Lunatic asylums Bombay report 1891-1903 - 1891-1903
Year: 1891
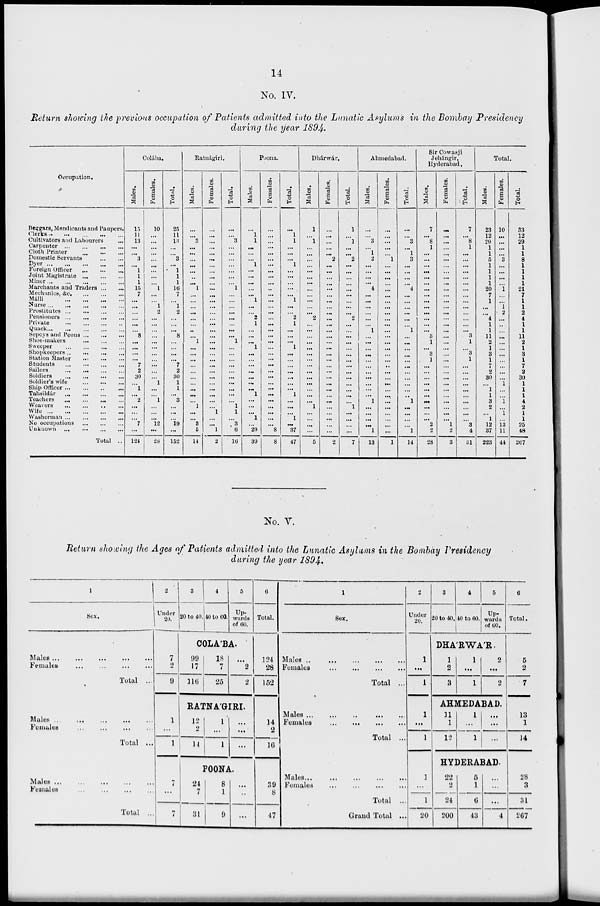
14
No. IV.
Return showing the previous occupation of Patients admitted into the Lunatic Asylums in the Bombay Presidency
during the year 1894.
Occupation.
Beggars, Mendicants and Paupers.
Clerks
...
...
...
...
...
Cultivators and Labourers ...
Carpenter
...
...
...
...
Cloth Printer
...
...
...
Domestic Servants
...
...
Dyer
...
...
...
...
...
Foreign Officer
...
...
...
Joint Magistrate
...
...
...
Miner
...
...
...
...
...
Marchants and Traders ... ...
Mechanics, &c. ... ... ...
Málli
...
...
...
...
Nurse
...
...
...
...
...
Prostitutes
...
...
...
...
Pensioners ... ... ... ... ...
Private
...
...
...
...
Quack
...
...
...
...
...
Sepoys and Peons ... ... ...
Shoe-makers
...
...
...
Sweeper
...
...
...
...
Shopkeepers ... ... ... ...
Station Master
... ... ...
Students
...
...
...
...
Sailors
...
...
...
...
Soldiers
...
...
...
...
Soldier's wife
...
...
...
Ship Officer
...
...
...
...
Tahsildár
...
...
...
...
Teachers
...
...
...
...
Weavers
...
...
...
...
Wife
...
...
...
...
...
Washerman
...
...
...
...
No occupations
...
...
...
Unknown
...
...
...
...
Total ...
Colába.
Males.
15
11
13
...
...
3
...
1
1
1
15
7
...
...
...
...
...
...
8
...
...
...
...
7
2
30
...
1
...
2
...
...
...
7
...
124
Females.
10
...
...
...
...
...
...
...
...
... 1
...
...
1
2
...
...
...
...
...
...
...
...
...
...
...
1
...
...
1
...
...
...
12
...
28
Total.
25
11
13
...
...
3
...
1
1
1
16
7
...
1
2
...
...
...
8
...
...
...
...
7
2
30
1
1
...
3
...
...
...
19
...
152
Ratnágiri.
Males.
...
...
3
...
...
...
...
...
..
... 1
...
...
...
...
...
...
...
...
1
...
...
...
...
...
...
...
...
...
...
1
...
...
3
5
14
Females.
...
...
...
...
...
...
...
...
...
...
...
...
...
...
...
...
...
...
...
...
...
...
...
...
...
...
...
...
...
...
...
1
...
...
1
2
Total.
...
...
3
...
...
...
...
...
...
...
1
...
...
...
...
...
...
...
...
1
...
...
...
...
...
...
...
...
...
...
1
1
...
3
6
16
Poona.
Males.
...
1
1
...
...
...
1
...
...
...
...
...
1
...
...
2
1
...
...
...
1
...
...
...
...
...
...
...
1
...
...
...
1
...
29
39
Females.
...
...
...
...
...
...
...
...
...
...
...
...
...
...
...
...
...
...
...
...
...
...
...
...
...
...
...
...
...
...
...
...
...
...
8
8
Total.
...
1
1
...
...
...
1
...
...
...
...
...
1
...
...
2
1
...
...
...
1
...
...
...
...
...
...
...
1
...
...
...
1
...
37
47
Dhárwár.
Males.
1
... 1
...
...
...
...
...
...
...
...
...
...
...
...
2
...
...
...
...
...
...
...
...
...
...
...
...
...
...
1
...
...
...
...
5
Females.
...
...
...
...
... 2
...
...
...
...
...
...
...
...
...
...
...
...
...
...
...
...
...
...
...
...
...
...
...
...
...
...
...
...
...
2
Total.
1
... 1
...
...
2
...
...
...
...
...
...
...
...
...
2
...
...
...
...
...
...
...
...
...
...
...
...
...
...
1
...
...
...
...
7
Ahmedabad.
Males.
...
...
3
...
1
2
...
...
...
...
4
...
...
...
...
...
...
1
...
...
...
...
...
...
...
...
...
...
...
1
...
...
...
...
1
13
Females.
...
...
...
...
...
1
...
...
...
...
...
...
...
...
...
...
...
...
...
...
...
...
...
...
...
...
...
...
...
...
...
...
...
...
...
1
Total.
...
...
3
...
1
3
...
...
...
...
4
...
...
...
...
...
...
1
...
...
...
...
...
...
...
...
...
...
...
1
...
...
...
...
1
14
Sir Cowasji
Jehángir,
Hyderabad.
Males.
7
...
8
1
...
...
...
...
...
...
...
...
...
...
...
...
...
...
3
1
...
3
1
...
...
...
...
...
...
...
...
...
...
2
2
28
Females.
...
...
...
...
...
...
...
...
...
...
...
...
...
...
...
...
...
...
...
...
...
...
...
...
...
...
...
...
...
...
...
...
...
1
2
3
Total.
7
...
8
1
...
...
...
...
...
...
...
...
...
...
...
...
...
...
3
1
...
3
1
...
...
...
...
...
...
...
...
...
...
3
4
31
Total.
Males.
23
12
29
1
1
5
1
1
1
1
20
7
1
...
...
4
1
1
11
2
1
3
1
7
2
30
...
1
1
3
2
...
1
12
37
223
Females.
10
...
...
...
...
3
...
...
...
...
1
...
...
1
2
...
...
...
...
...
...
...
...
...
...
...
1
...
...
1
...
1
...
13
11
44
Total.
33
12
29
1
1
8
1
1
1
1
21
7
1
1
2
4
1
1
11
2
1
3
1
7
2
30
1
1
1
4
2
1
1
25
48
267
No. V.
Return showing the Ages of Patients admitted into the Lunatic Asylums in the Bombay Presidency
during the year 1894.
1
Sex.
Males
...
...
...
...
...
Females
...
...
...
...
Total ...
Males
...
...
...
...
...
Females ... ... ... ...
Total ...
Males
...
...
...
...
...
Females ... ... ... ...
Total ...
2
Under
20.
7
2
9
1
...
1
7
...
7
3
20 to 40.
4
40 to 60.
5
Up-
wards
of 60.
COLA'BA.
99
17
116
18
7
25
...
2
2
RATNA'GIRI.
12
2
14
1
...
1
...
...
...
POONA.
24
7
31
8
1
9
...
...
...
6
Total.
124
28
152
14
2
16
39
8
47
1
Sex.
Males
...
...
...
...
...
Females
...
...
...
...
Total ...
Males
...
...
...
...
...
Females
...
...
...
...
Total ...
Males ...
...
...
...
...
Females
...
...
...
...
Total ...
Grand Total ...
2
Under
20.
1
...
1
1
...
1
1
...
1
20
3
20 to 40.
4
40 to 60.
5
Up-
wards
of 60.
DHA'RWA'R.
1
2
3
1
...
1
2
...
2
AHMEDABAD.
11
1
12
1
...
1
...
...
...
HYDERABAD.
22
2
24
200
5
1
6
43
...
...
...
4
6
Total.
5
2
7
13
1
14
28
3
31
267